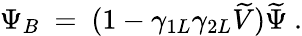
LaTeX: \Psi_{B}\ =\ (1-\gamma_{1L}\gamma_{2L}\widetilde V)\widetilde\Psi\ .